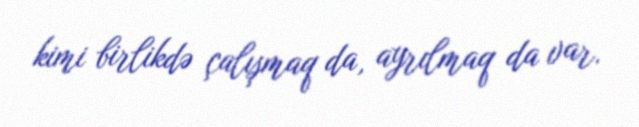
kimi birlikdə çalışmaq da, ayrılmaq da var.